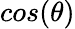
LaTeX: cos(\theta)